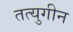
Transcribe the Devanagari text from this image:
तत्युगीन